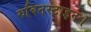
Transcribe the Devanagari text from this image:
रुबिनस्टाइन।